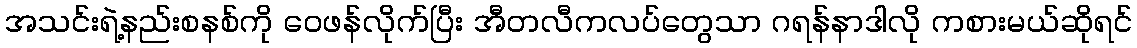
အသင်းရဲ့နည်းစနစ်ကို ဝေဖန်လိုက်ပြီး အီတလီကလပ်တွေသာ ဂရန်နာဒါလို ကစားမယ်ဆိုရင်